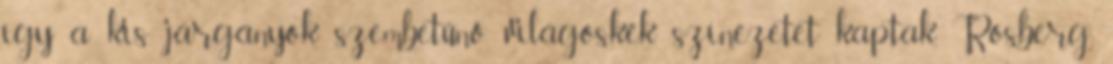
így a kis járgányok szembetűnő világoskék színezetet kaptak. Rosberg